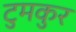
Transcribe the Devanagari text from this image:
टुमकुर